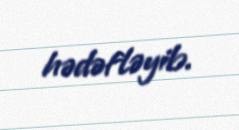
hədəfləyib.